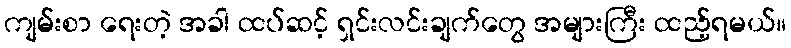
ကျမ်းစာ ရေးတဲ့ အခါ ထပ်ဆင့် ရှင်းလင်းချက်တွေ အများကြီး ထည့်ရမယ်။